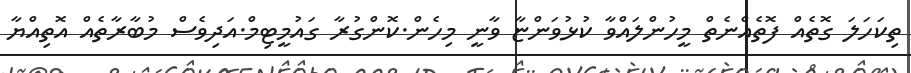
ތިކަހަލަ ގޮތެއް ފޮތެއްނެތް މީހުންލައްވާ ކުޅުވަންޏާ ވާނީ މިހެން.ކޮންގުރާ ގައުމީޓިމް.އަދިވެސް މުބާރާތެއް އޮތިއްޔާ